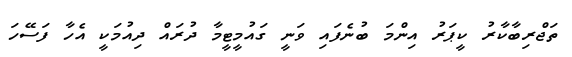
ތަޖްރިބާކާރު ކީޕަރު އިންމަ ބުނެފައި ވަނީ ގައުމީޓީމާ ދުރައް ދިއުމަކީ އެހާ ފަސޭހަ